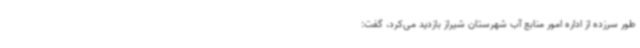
طور سرزده از اداره امور منابع آب شهرستان شیراز بازدید می‌کرد، گفت: